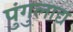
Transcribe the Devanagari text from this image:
पुंगुलाद्य